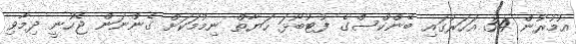
އުމުރުން 34 އަހަރުގައި ބޭންކްސްގެ ފުޓުބޯޅަ ހަޔާތް ނިމުމަކަށް ގެންނަން ޖެހުނީ ދިމާވި